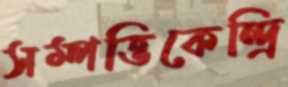
সম্পত্তিকেন্দ্রি